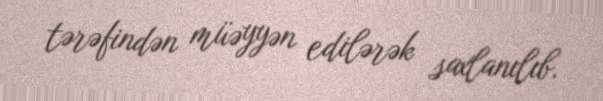
tərəfindən müəyyən edilərək saxlanılıb.